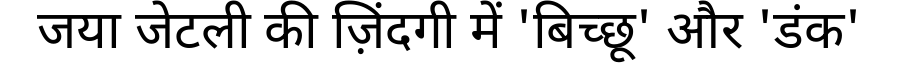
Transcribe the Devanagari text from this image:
जया जेटली की ज़िंदगी में 'बिच्छू' और 'डंक'